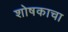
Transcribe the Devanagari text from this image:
शोषकाचा